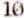
10